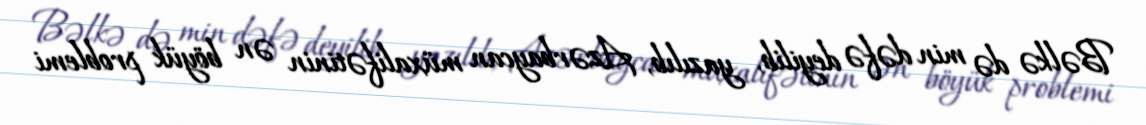
Bəlkə də min dəfə deyilib, yazılıb, Azərbaycan müxalifətinin ən böyük problemi